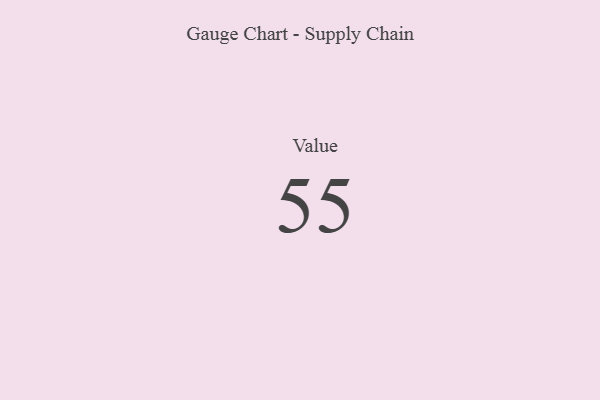
{"axis": {"x": "Metric", "y": "Value"}, "legend": [""], "data": [{"x": "Value", "y": 55, "type": ""}]}